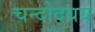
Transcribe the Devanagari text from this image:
चन्दोदयय